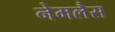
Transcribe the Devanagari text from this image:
नेमलैस